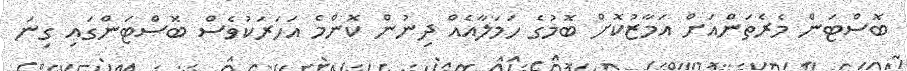
ބޮސްޓަން މެރެތަންއަށް އަމާޒުކޮށް ބޮމުގެ ހަމަލާއެއް ދިނުން ކޮންމެ އަހަރަކުވެސް ބޮސްޓަންގައި ގިނަ